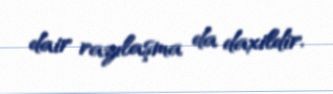
dair razılaşma da daxildir.